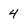
Character: 4